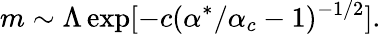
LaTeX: m\sim\Lambda\exp[-c(\alpha^{*}/\alpha_{c}-1)^{-1/2}].